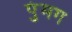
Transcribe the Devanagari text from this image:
पुंमग